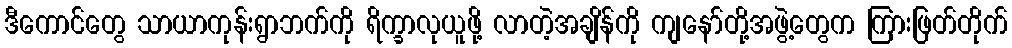
ဒီကောင်တွေ သာယာကုန်းရွာဘက်ကို ရိက္ခာလုယူဖို့ လာတဲ့အချိန်ကို ကျနော်တို့အဖွဲ့တွေက ကြားဖြတ်တိုက်